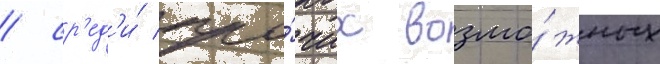
/ ср'ед'и́ про́чих возмо́жных